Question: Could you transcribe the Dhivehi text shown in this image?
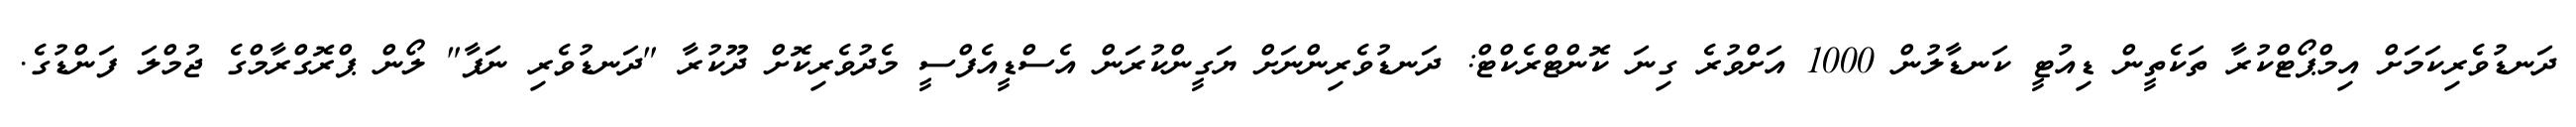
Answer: ދަނޑުވެރިކަމަށް އިމްޕޯޓްކުރާ ތަކެތީން ޑިއުޓީ ކަނޑާލުން 1000 އަށްވުރެ ގިނަ ކޮންޓްރެކްޓް: ދަނޑުވެރިންނަށް ޔަގީންކުރަން އެސްޑީއެފްސީ މެދުވެރިކޮށް ދޫކުރާ "ދަނޑުވެރި ނަފާ" ލޯން ޕްރޮގްރާމްގެ ޖުމްލަ ފަންޑުގެ.